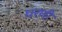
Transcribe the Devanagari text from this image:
घरणी